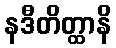
နဒီတိတ္ထာနိ